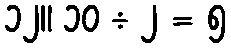
၁၂။ ၁၀ ÷ ၂ = ၅